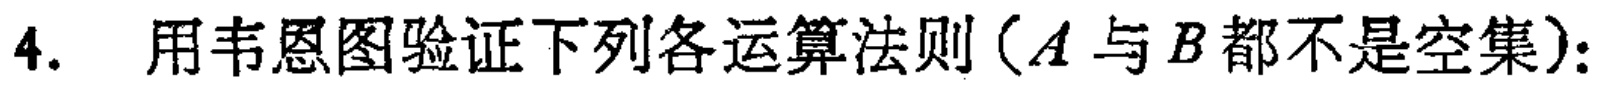
4. 用韦恩图验证下列各运算法则（\(A\)与\(B\)都不是空集）：